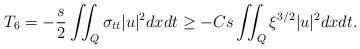
LaTeX: \begin{align*}T_6 =-\frac{s}{2} \iint_Q \sigma_{t t}|u|^2dx d t \geq-C s \iint_Q \xi^{3 / 2}|u|^2dx d t.\end{align*}